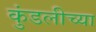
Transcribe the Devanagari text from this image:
कुंडलीच्या